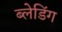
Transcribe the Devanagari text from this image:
ब्लेडिंग